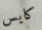
كايس